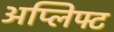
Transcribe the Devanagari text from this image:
अप्लिफ्ट